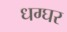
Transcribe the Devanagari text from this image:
धग्घर